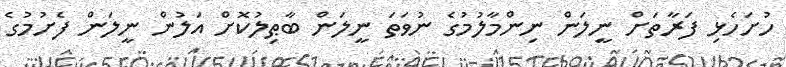
ހުށަހެޅި ފަރާތަށް ނީލަން ނިންމާލުމުގެ ނުވަތަ ނީލަން ބާޠިލުކޮށް އަލުން ނީލަން ފެށުމުގެ